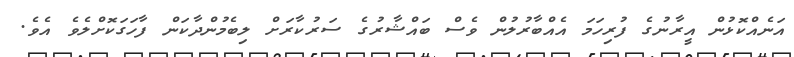
އަނެއްކޮޅުން އީރާނުގެ ފުރިހަމަ އެއްބާރުލުން ވެސް ބައްޝާރުގެ ސަރުކާރަށް ލިބެމުންދާކަން ފާހަގަކޮށްލެވެ އެވެ.